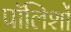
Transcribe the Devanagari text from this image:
पॉलिशों